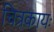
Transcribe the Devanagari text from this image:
चित्रकायः